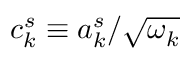
c _ { k } ^ { s } \equiv a _ { k } ^ { s } / \sqrt { \omega _ { k } }